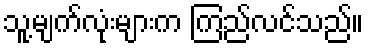
သူ့မျက်လုံးများက ကြည်လင်သည်။